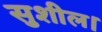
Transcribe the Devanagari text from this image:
सुशील।